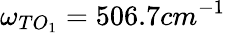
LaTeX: \omega_{TO_{1}}=506.7cm^{-1}